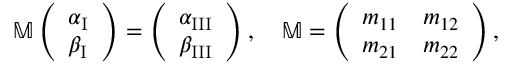
\mathbb { M } \left( \begin{array} { l } { \alpha _ { \operatorname { I } } } \\ { \beta _ { \operatorname { I } } } \end{array} \right) = \left( \begin{array} { l } { \alpha _ { \operatorname { I I I } } } \\ { \beta _ { \operatorname { I I I } } } \end{array} \right) , \quad \mathbb { M } = \left( \begin{array} { l l } { m _ { 1 1 } } & { m _ { 1 2 } } \\ { m _ { 2 1 } } & { m _ { 2 2 } } \end{array} \right) ,